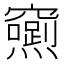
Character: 𮄢